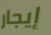
إيجار